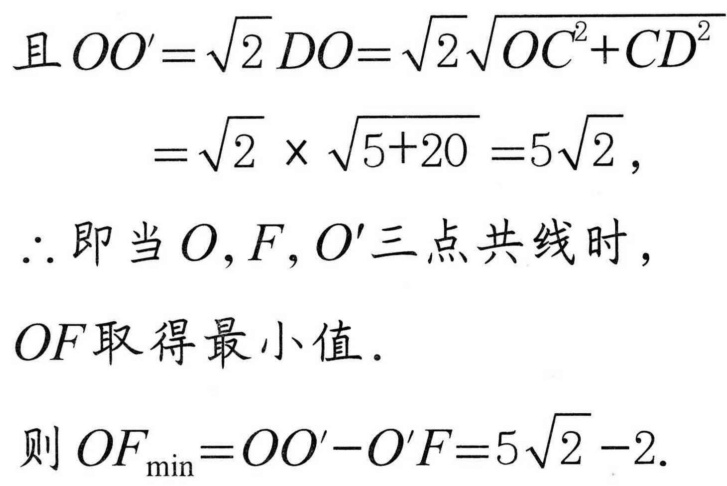
且 \(OO'=\sqrt{2}DO=\sqrt{2}\sqrt{OC^{2}+CD^{2}}\)
\(=\sqrt{2}\times\sqrt{5 + 20}=5\sqrt{2}\)，
\(\therefore\)即当 \(O,F,O'\)三点共线时，
\(OF\)取得最小值．
则 \(OF_{\min}=OO'-O'F = 5\sqrt{2}-2\).